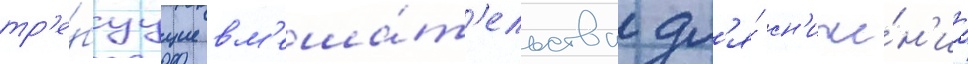
тр'е́буущие вм'еша́т'ельства дл'я́ сн'иже́н'иа